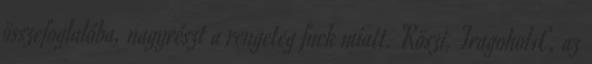
összefoglalóba, nagyrészt a rengeteg fuck miatt. Köszi, Fragohol1C, az